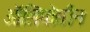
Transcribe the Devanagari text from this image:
ऑलिगोसीन